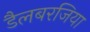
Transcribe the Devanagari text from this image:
डैलबरजिया